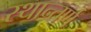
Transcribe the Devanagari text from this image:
स्थान्तर्ण